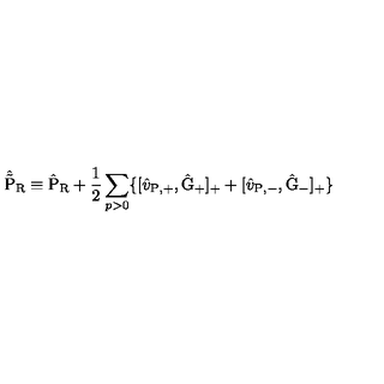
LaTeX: \hat { \tilde { \mathrm { P } } } _ { \mathrm { R } } \equiv \hat { \mathrm { P } } _ { \mathrm { R } } + \frac { 1 } { 2 } \sum _ { p > 0 } \{ [ \hat { v } _ { \mathrm { P , + } } , \hat { \mathrm { G } } _ { + } ] _ { + } + [ \hat { v } _ { \mathrm { P , - } } , \hat { \mathrm { G } } _ { - } ] _ { + } \}